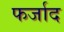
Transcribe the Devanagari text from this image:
फर्जाद